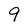
Character: 9